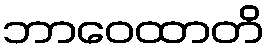
ဘာဝေထာတိ